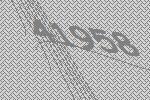
41958